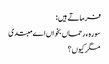
فرماتے ہیں :
سورہ ء رحماں بخواں اے مبتدی
مگر کیوں ؟